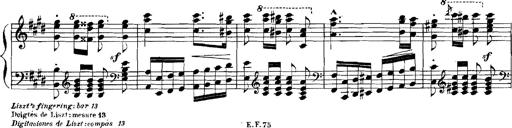
Title: Rhapsodies hongroises
Composer: Franz Liszt